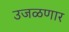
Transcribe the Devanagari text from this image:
उजळणार